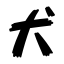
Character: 犬